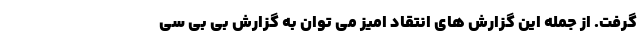
گرفت. از جمله این گزارش های انتقاد امیز می توان به گزارش بی بی سی